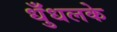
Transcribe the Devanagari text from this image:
धुँधलके